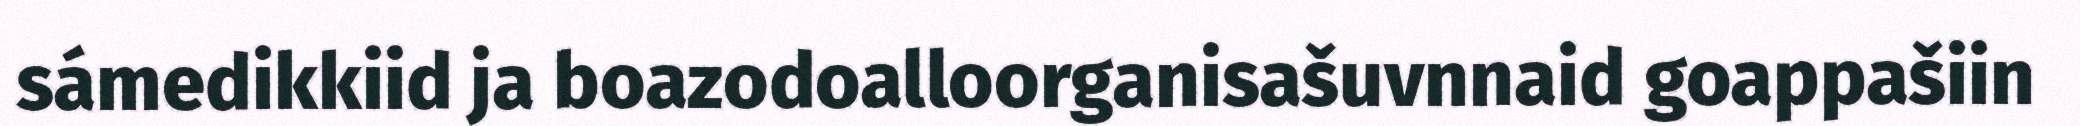
sámedikkiid ja boazodoalloorganisašuvnnaid goappašiin